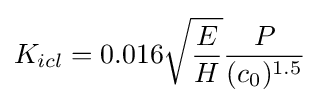
K_{icl}=0.016{\sqrt {\frac {E}{H}}}{\frac {P}{(c_{0})^{1.5}}}